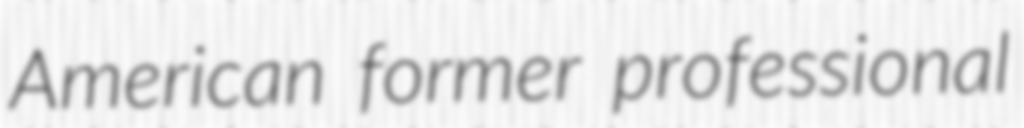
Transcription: American former professional